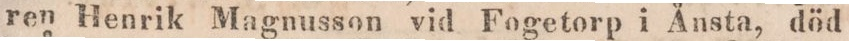
ren Henrik Magnusson vid Fogetorp i Ånsta, död